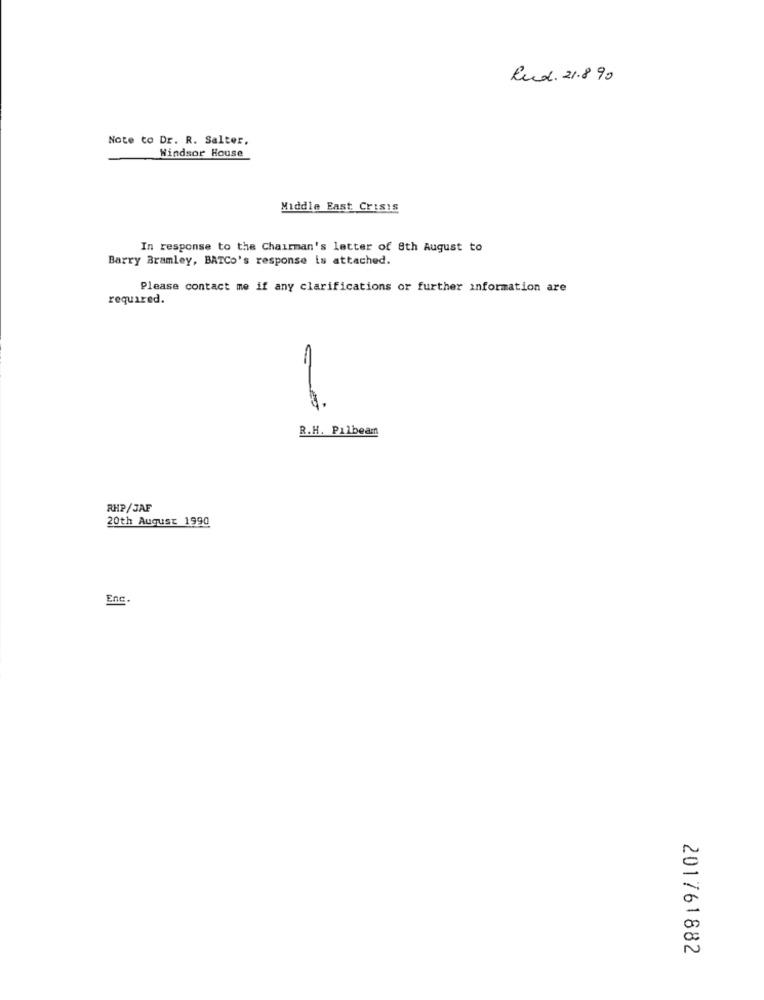
Rud. 21.890
Note to Dr. R. Salter,
Windsor House
Middle East Crisis
In response to the Chairman's letter of 8th August to
Barry Bramley, BATCo's response is attached.
Please contact me if any clarifications or further information are
required.
R.H. Pilbeam
RHP/JAF
20th August 1990
Enc.
201761882